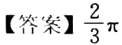
【答案】$\frac{2}{3}\pi$